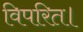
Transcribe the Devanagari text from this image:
विपरित।